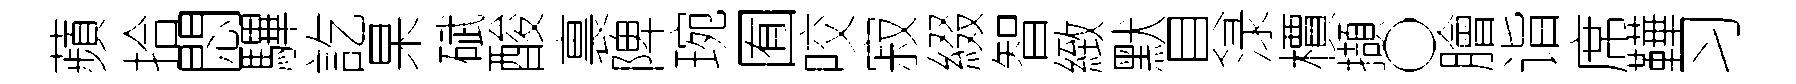
蘋拾悶驆訖杲碔酸裏陴琬囿咬寂綴智緻默貝渌檟擷〇膾诣席鞾习